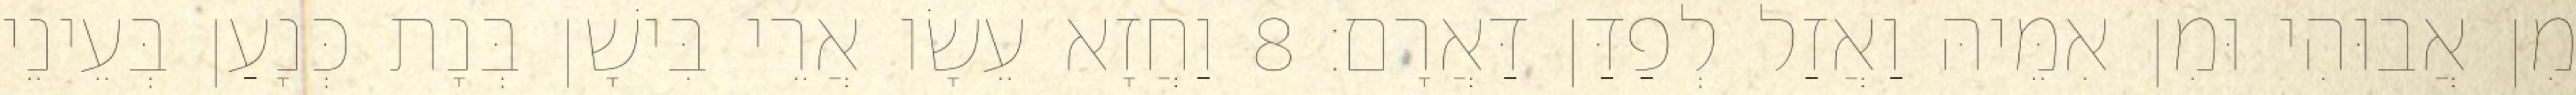
מִן אֲבוּהִי וּמִן אִמֵּיהּ וַאֲזַל לְפַדַּן דַּאֲרָם׃ 8 וַחֲזָא עֵשָׂו אֲרֵי בִּישָׁן בְּנָת כְּנָעַן בְּעֵינֵי